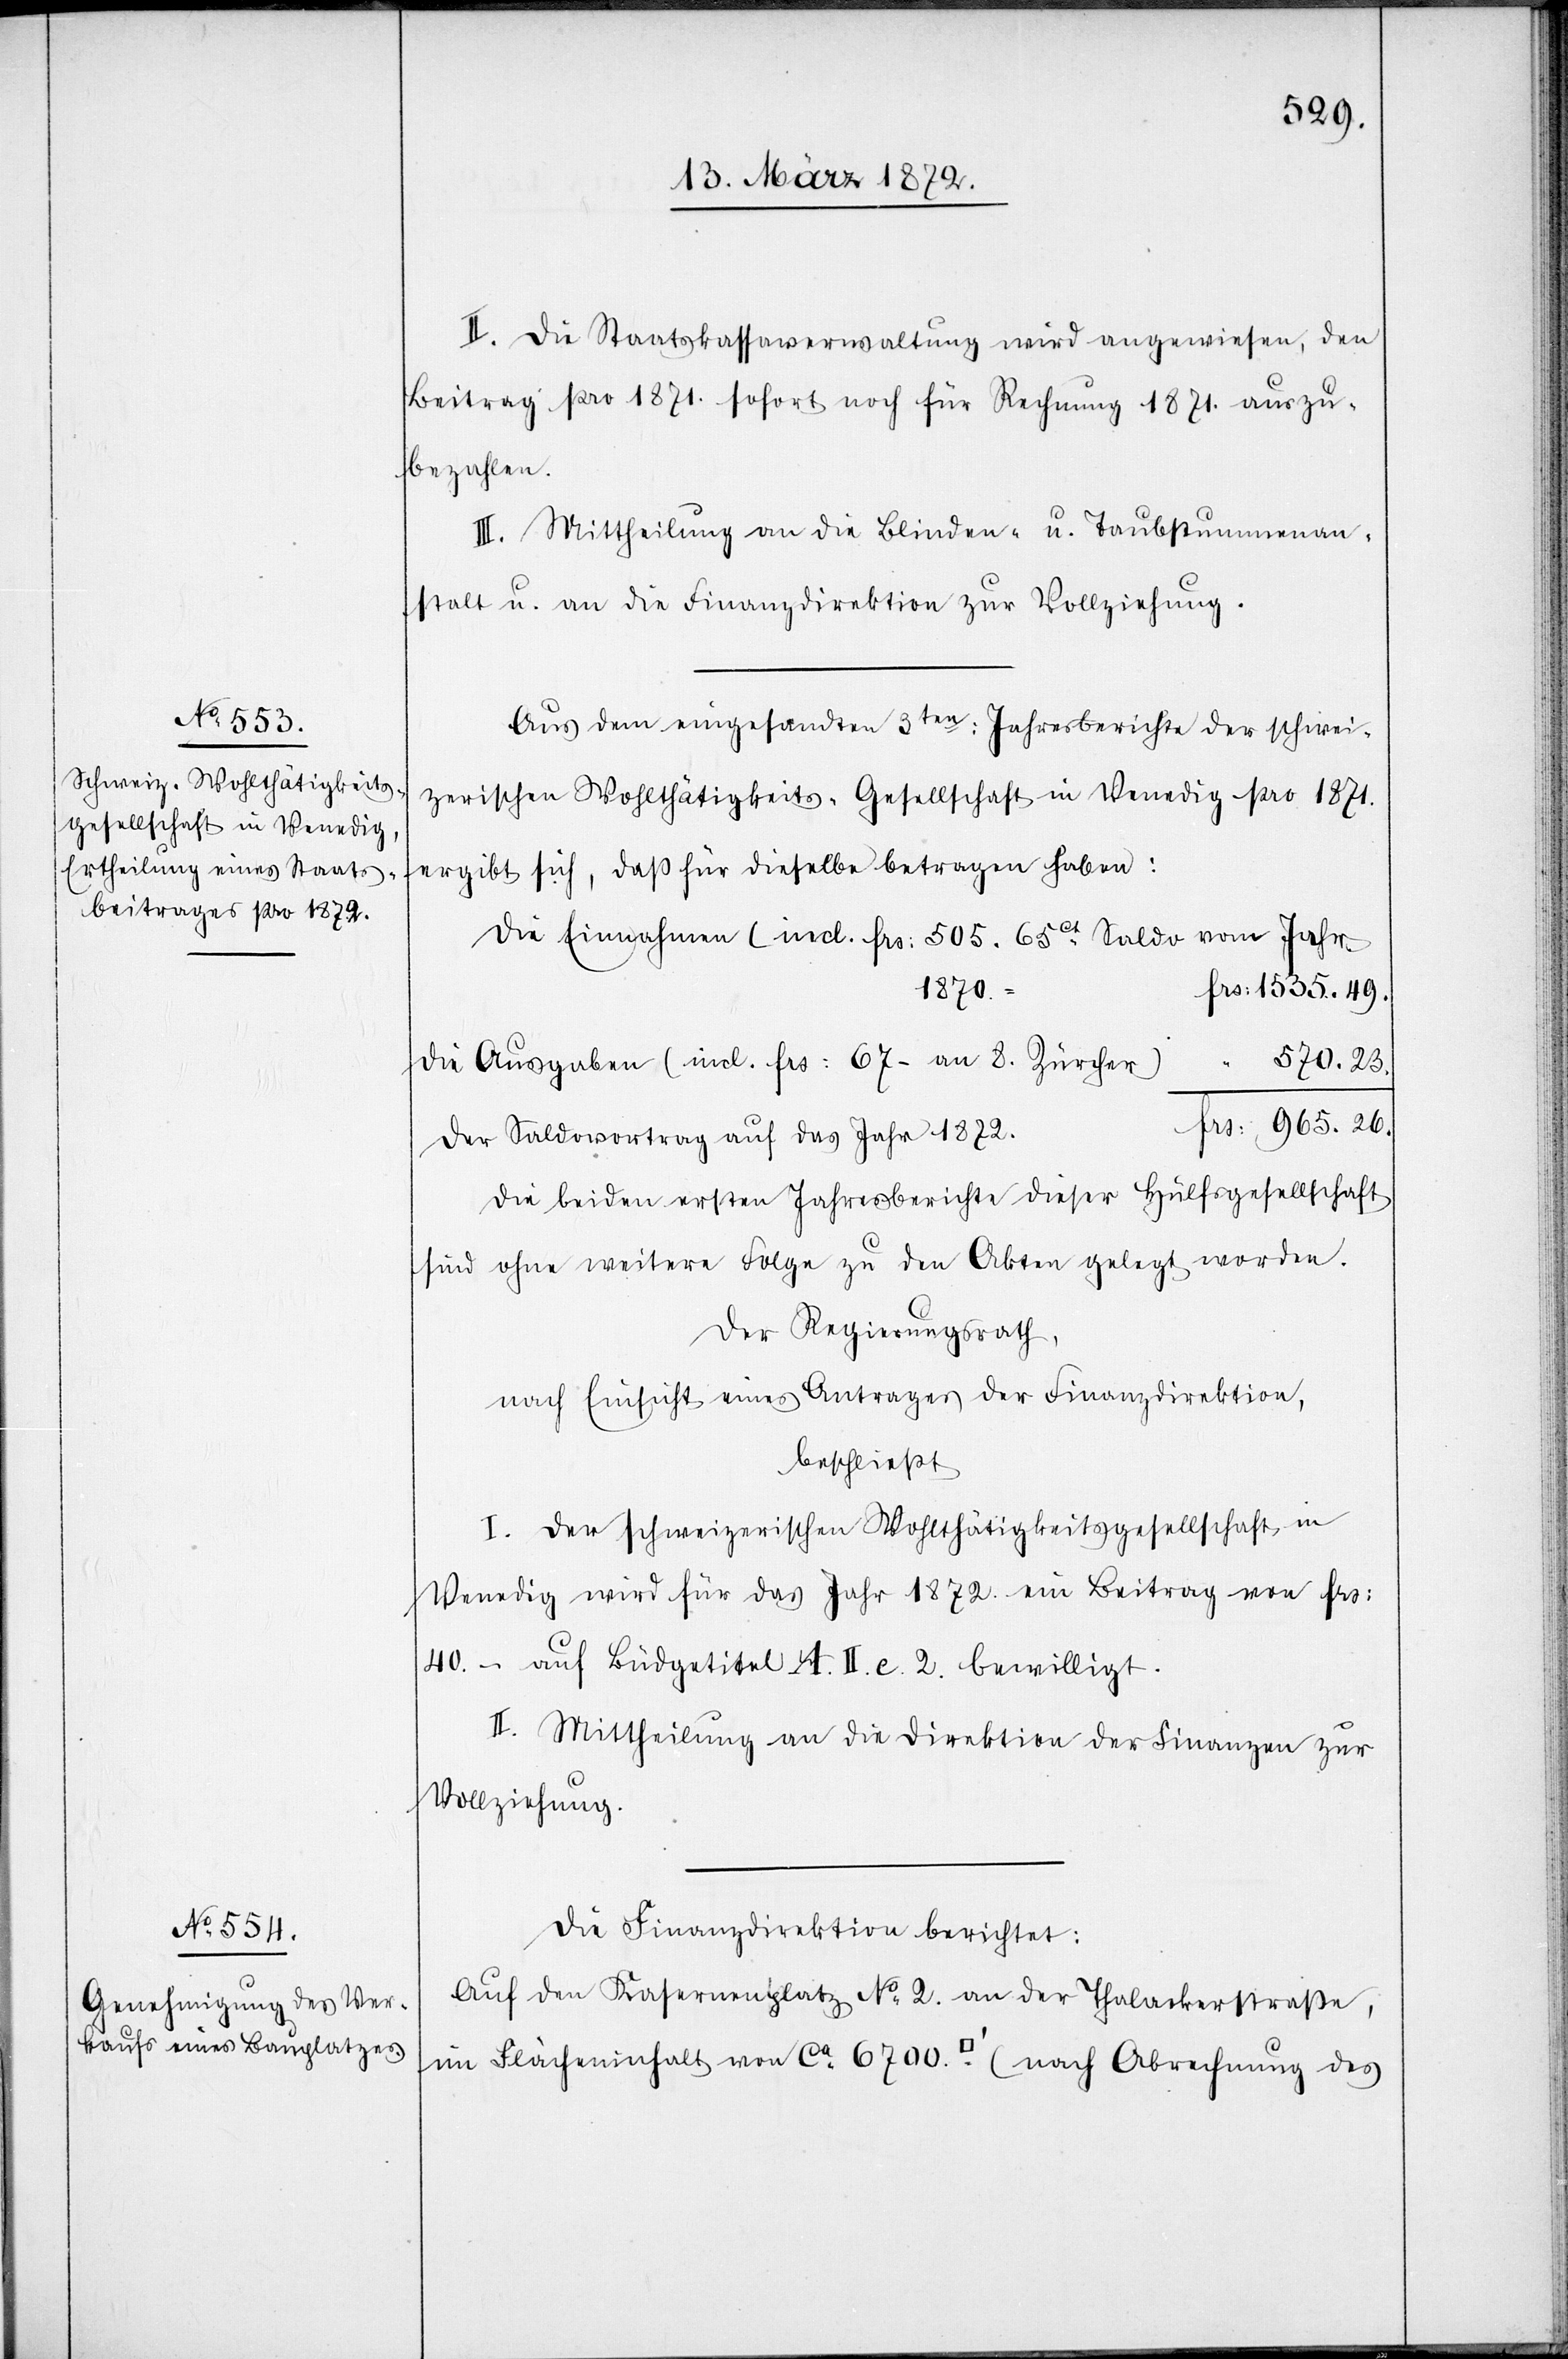
II. Die Staatskassaverwaltung wird angewiesen, den
Beitrag pro 1871. sofort noch für Rechnung 1871. auszu¬
bezahlen.
III. Mittheilung an die Blinden- u. Taubstummenan¬
stalt u. an die Finanzdirektion zur Vollziehung.
Aus dem eingesandten 3ten: Jahresberichte der schwei¬
zerischen Wohltätigkeits-Gesellschaft in Venedig pro 1871.
ergibt sich, daß für dieselbe betragen haben:
Die Einnahmen (incl. frs: 505. 65ct Saldo vom Jahr
frs: 1535.49.
570.23.
Die Ausgaben (incl. frs: 67. an 8. Zürcher)
“
frs: 965.26.
Der Saldovortrag auf das Jahr 1872.
Die beiden ersten Jahresberichte dieser Hülfsgesellschaft
worden.
sind ohne weitere Folge zu den Akten gelegt
Der Regierungsrath,
nach Einsicht eines Antrages der Finanzdirektion,
beschließt[:]
I. Der schweizerischen Wohltätigkeitsgesellschaft in
Venedig wird für das Jahr 1872. ein Beitrag von frs:
40.- auf Büdgetitel A. II. c. 2. bewilligt.
II. Mittheilung an die Direktion der Finanzen zur
Vollziehung.
Die Finanzdirektion berichtet:
Auf den Kasernenplatz No 2. an der Thalackerstraße,
im Flächeninhalt von ca 6700 [Quadratfuss] (nach Abrechnung des